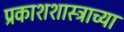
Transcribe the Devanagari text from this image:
प्रकाशशास्त्राच्या